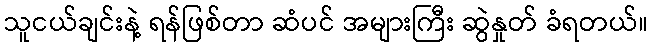
သူငယ်ချင်းနဲ့ ရန်ဖြစ်တာ ဆံပင် အများကြီး ဆွဲနှုတ် ခံရတယ်။